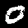
Label: 0